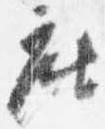
座